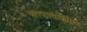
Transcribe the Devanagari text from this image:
चहापाण्याकरिता